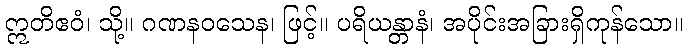
ဣတိဧဝံ၊ သို့။ ဂဏနဝသေန၊ ဖြင့်။ ပရိယန္တာနံ၊ အပိုင်းအခြားရှိကုန်သော။